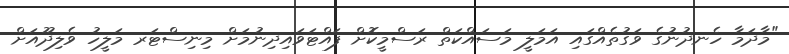
"މާދަމާ ހެނދުނުގެ ވަގުތެއްގައި އަމަލީ މަސައްކަތް ރަސްމީކޮށް ފައްޓަވައިދިނުމަށް މިނިސްޓަރ މަލީހު ވެލިދޫއަށް